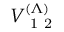
V _ { \mathrm { ~ 1 ~ 2 ~ } } ^ { ( \Lambda ) }